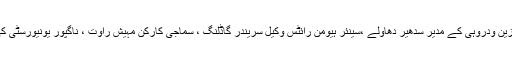
گرفتار کیے گئے لوگوں میں سینئر دلت کارکن اور سیاسی میگزین ودروہی کے مدیر سدھیر دھاولے ،سینئر ہیومن رائٹس وکیل سریندر گاڈلنگ ، سماجی کارکن مہیش راوت ، ناگپور یونیورسٹی کی شوما سین اور دہلی کے سماجی کارکن روما ولسن شامل ہیں ۔